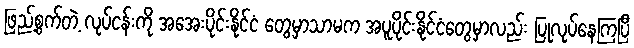
ဖြည့်စွက်တဲ့ လုပ်ငန်းကို အအေးပိုင်းနိုင်ငံ တွေမှာသာမက အပူပိုင်းနိုင်ငံတွေမှာလည်း ပြုလုပ်နေကြပြီ